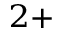
^ { 2 + }